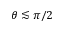
\theta \lesssim \pi / 2